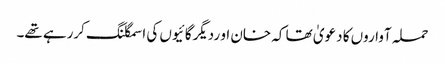
حملہ آواروں کا دعویٰ تھا کہ خان او ردیگرگائیوں کی اسمگلنگ کررہے تھے۔